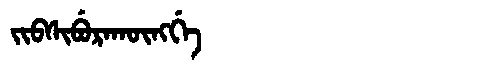
Manchu: ᠵᡳᠪᠰᡳᠪᡠᡵᠠᡴᡡᠩᡤᡝ
Romanization: JIBSIBURAKŪNGGE